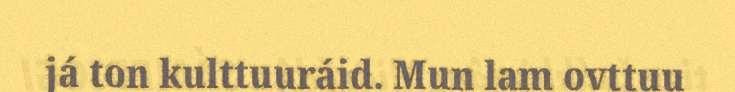
já ton kulttuuráid. Mun lam ovttuu